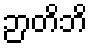
ဉာတိဘိ